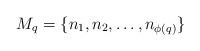
LaTeX: \begin{align*}M_q=\{n_1,n_2,\ldots, n_{\phi(q)}\}\end{align*}